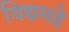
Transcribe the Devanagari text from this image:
विद्यमहे